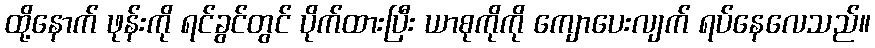
ထို့နောက် ဖုန်းကို ရင်ခွင်တွင် ပိုက်ထားပြီး ယာစုကိုကို ကျောပေးလျက် ရပ်နေလေသည်။